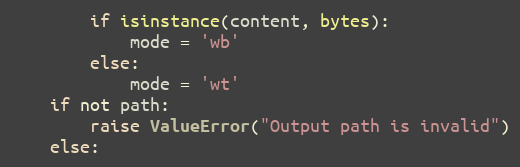
Language: Python
        if isinstance(content, bytes):
            mode = 'wb'
        else:
            mode = 'wt'
    if not path:
        raise ValueError("Output path is invalid")
    else: